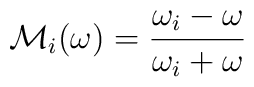
{\cal M}_{i}(\omega )={\frac{\omega _{i}-\omega }{\omega _{i}+\omega }}